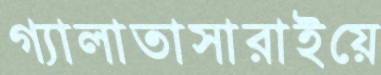
গ্যালাতাসারাইয়ে